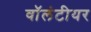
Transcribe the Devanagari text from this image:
वॉलंटीयर